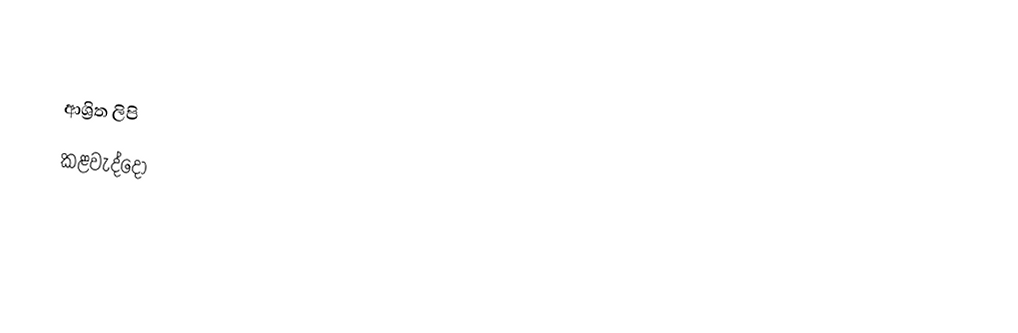

ආශ්‍රිත ලිපි
 කළවැද්දෝ